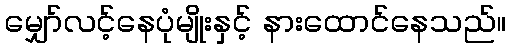
မျှော်လင့်နေပုံမျိုးနှင့် နားထောင်နေသည်။